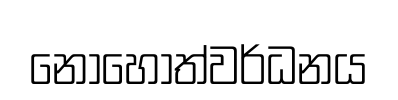
නොහොත්වර්ධනය